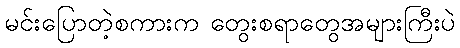
မင်းပြောတဲ့စကားက တွေးစရာတွေအများကြီးပဲ